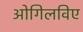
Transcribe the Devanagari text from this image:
ओगिलविए